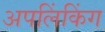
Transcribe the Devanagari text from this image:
अपलिंकिंग